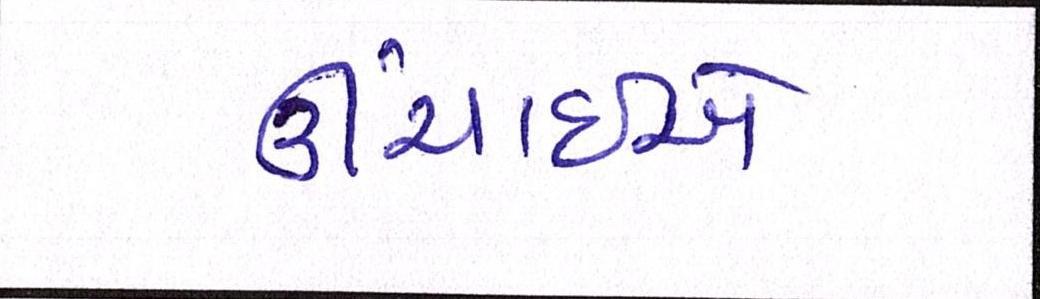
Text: ઊંચાઈનો